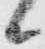
候